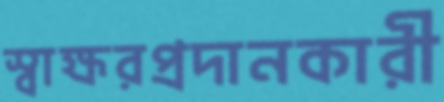
স্বাক্ষরপ্রদানকারী